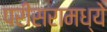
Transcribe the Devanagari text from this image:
परीसरामध्ये